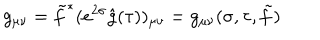
LaTeX: g _ { \mu \nu } = \tilde { f } ^ { * } ( e ^ { 2 \sigma } \hat { g } ( \tau ) ) _ { \mu \nu } = g _ { \mu \nu } ( \sigma , \tau , \tilde { f } )